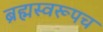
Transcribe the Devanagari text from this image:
ब्रह्मस्वरूपच